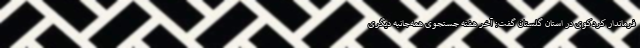
فرماندار کردکوی در استان گلستان گفت: آخر هفته جستجوی همه‌جانبه دیگری